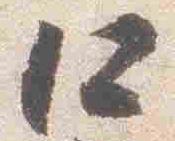
仁